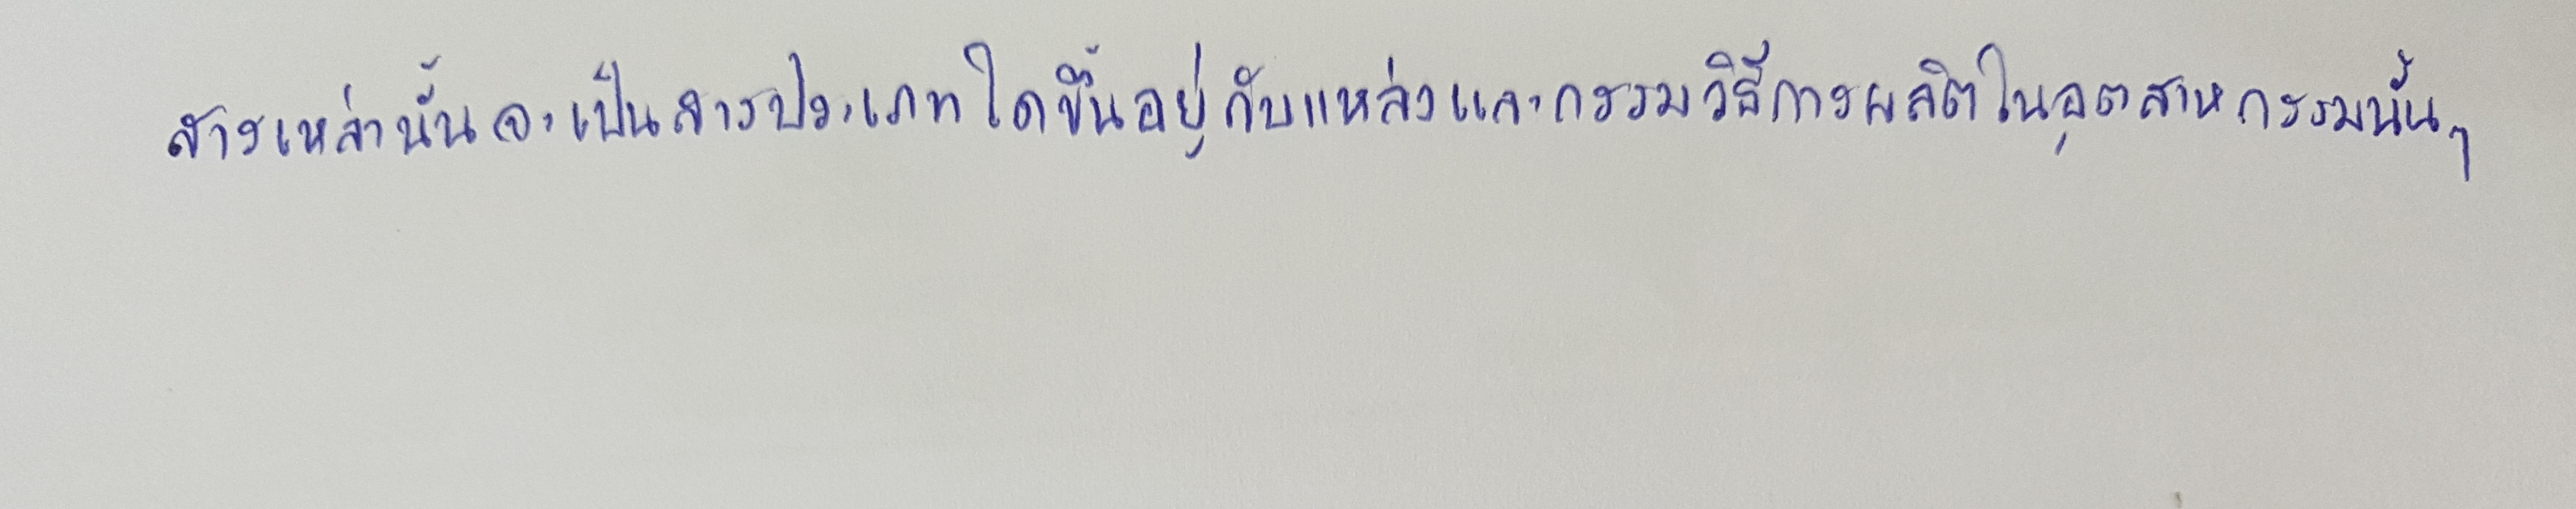
สารเหล่านั้นจะเป็นสารประเภทใดขึ้นอยู่กับแหล่งและกรรมวิธีการผลิตในอุตสาหกรรมนั้นๆ